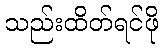
သည်းထိတ်ရင်ဖို